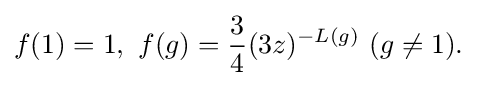
\displaystyle {f(1)=1,\,\,f(g)={3 \over 4}(3z)^{-L(g)}\,\,(g\neq 1).}